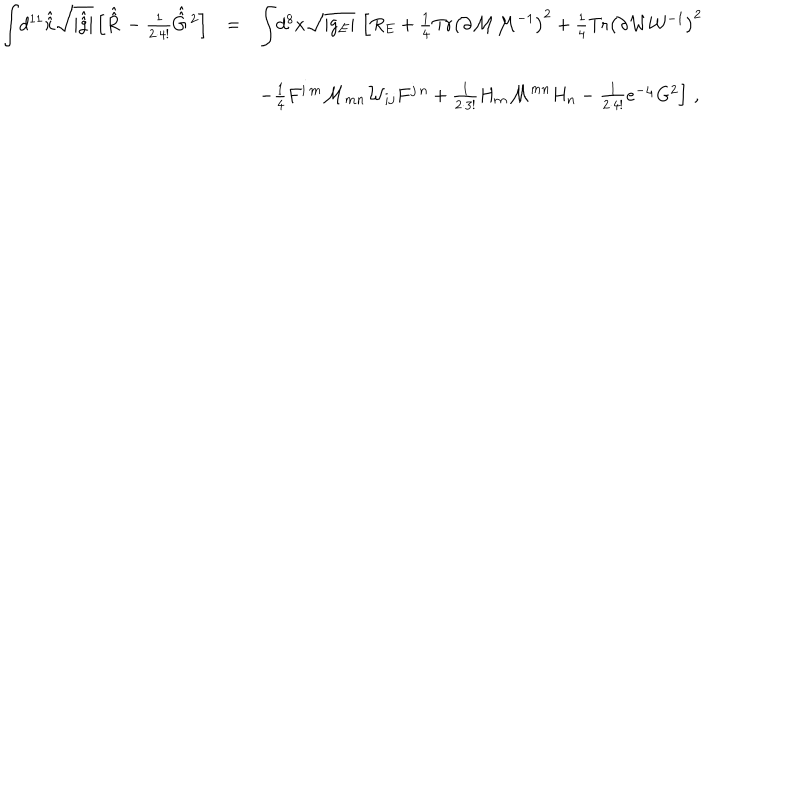
\begin{array} { r c l } { { { \displaystyle \int } d ^ { 1 1 } \hat { \hat { x } } \sqrt { | \hat { \hat { g } } | } \left[ \hat { \hat { R } \, } - \frac { 1 } { 2 \cdot 4 ! } \hat { \hat { G } \, } { } ^ { 2 } \right] } } & { { = } } & { { { \displaystyle \int } d ^ { 8 } x \sqrt { | g _ { E } | } \, \left[ R _ { E } + \frac { 1 } { 4 } \mathrm { T r } \left( \partial { \cal M } { \cal M } ^ { - 1 } \right) ^ { 2 } + \frac { 1 } { 4 } \mathrm { T r } \left( \partial { \cal W } { \cal W } ^ { - 1 } \right) ^ { 2 } \right. } } \\ { { } } & { { } } & { { } } \\ { { } } & { { } } & { { \left. - \frac { 1 } { 4 } F ^ { i \, m } { \cal M } _ { m n } { \cal W } _ { i j } F ^ { j \, n } + \frac { 1 } { 2 \cdot 3 ! } H _ { m } { \cal M } ^ { m n } H _ { n } - \frac { 1 } { 2 \cdot 4 ! } e ^ { - \varphi } G ^ { 2 } \right] \, , } } \\ \end{array}